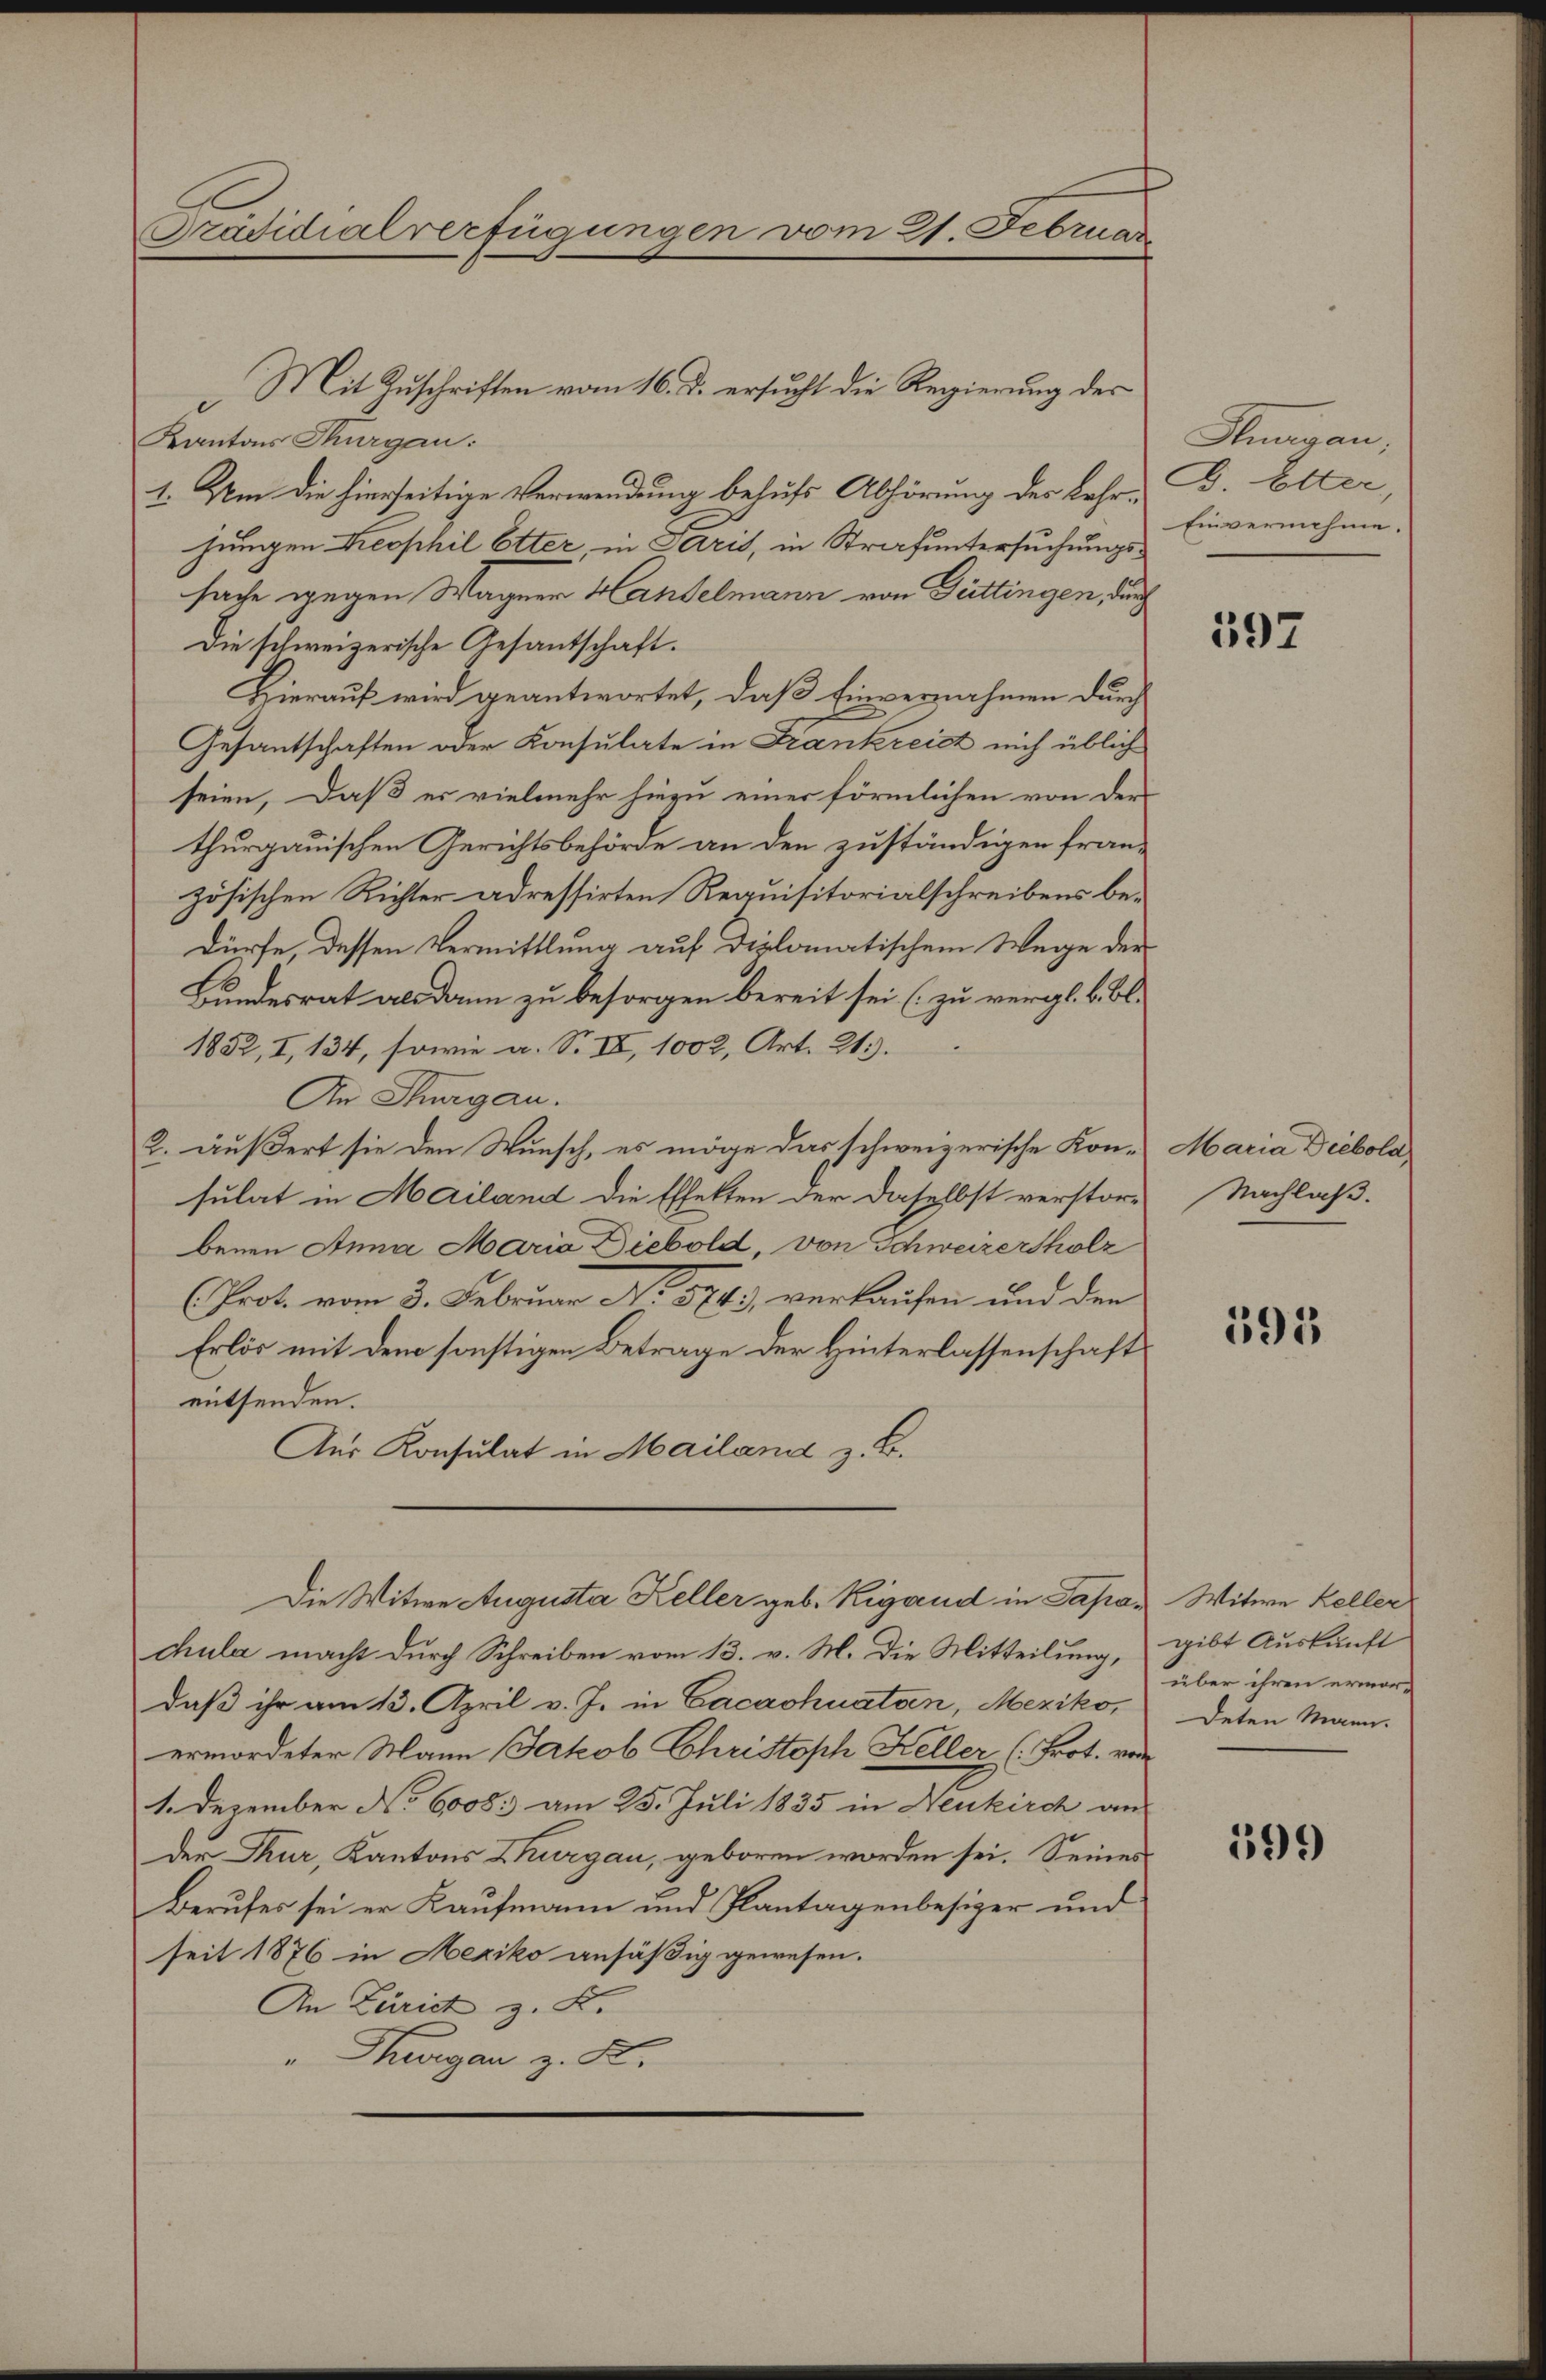
Prädidialverfügungen vom 21. Februar

Mit Zuschriften vom 16. d. ersucht die Regierung der
Kantons Thurgau:
1. Um die hierseitige Verwendung behufs Abhörung des Lehr-G. Etter,
jungen Leophil Etter in Paris, in Strafuntersuchungssache gegen Wagner Handelmann von Güttingen, durch
Die schweizerische Gesantschaft.
Hierauf wird geantwortet, daß Einvernahmen durch
Gesantschaften oder Konsulate in Frankreist mich üblich
seien, daß es vielmehr hiezu einer förmlichen von der
thurgauischen Gerichtsbehörde an den zuständigen französischen Richter adressirten Requisitorialschreibens bedürfe, dessen Vermittlung auf diplomatischem Wege der
Bundesrat als dann zu besorgen bereit sei (zu vergl. B. Bl.
1852, I, 134, sowie a. S. IV, 1002, Art. 213.
An Thurgau.
2. äußert sie den Wunsch, es möge das schweizerische Kon- Maria Diebola,
sulat in Mailand die Effekten der daselbst verstor-
benen Anna Maria Diebold, von Schweizersholz
(Prot. vom 3. Februar N. 574), verkaufen und den
Erlös mit dem sonstigen Betrage der Hinterlassenschaft
entsenden.
Aus Konsulat in Mailand z. B.
Die Witwe Augusta Keller geb. Rigand in Japa, Witwe Keller
chula macht durch Schreiben vom 13. v. M. die Mitteilung, gibt Auskunft
daß ihr am 13. April v. J. in Cacachnaten, Meziko
ermordeter Mann Jakob Christoph Keller (Prot. von
1. Dezember No 6008: am 25. Juli 1835 in Neukirch an
der Thur, Kantons Thurgau, geboren worden sei. Seines
Berufes sei er Kaufmann und Plantagenbesizer und
seit 1876 in Hexiko ansäßig gewesen.
An Zürich z. K.
" Thurgan z. K.

Purgau,
Einvernehme.

592

Nachlaß.

595

über ihren ermor-
deten Mann.

599